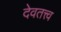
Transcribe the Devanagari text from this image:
देवतत्त्व